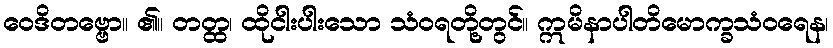
ဝေဒိတဗ္ဗော။ ၏။ တတ္ထ၊ ထိုငါးပါးသော သံဝရတို့တွင်။ ဣမိနာပါတိမောက္ခသံဝရေန၊